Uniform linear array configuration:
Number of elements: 8
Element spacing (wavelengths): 0.75
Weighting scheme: binomial
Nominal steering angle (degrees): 30
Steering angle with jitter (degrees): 31.473
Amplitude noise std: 0.05
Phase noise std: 0.05

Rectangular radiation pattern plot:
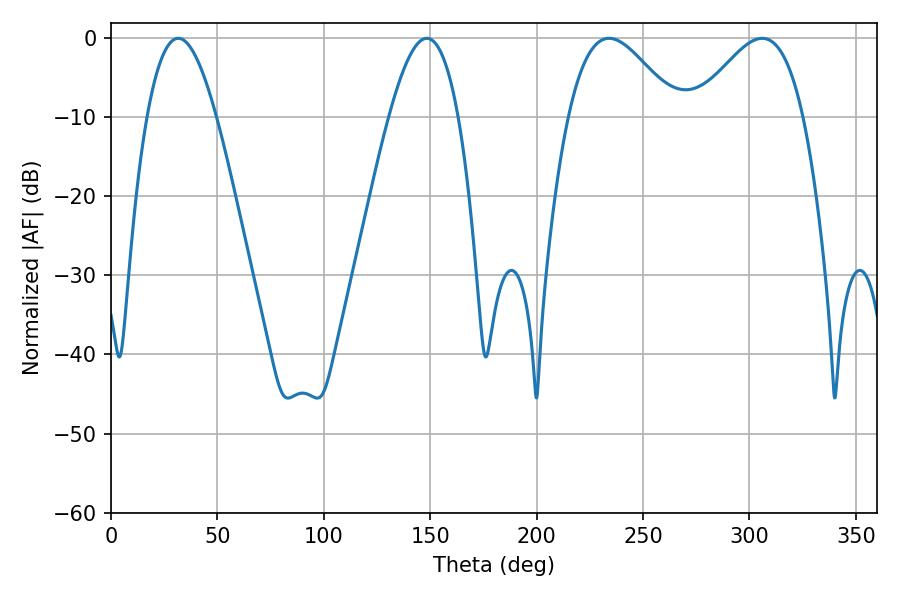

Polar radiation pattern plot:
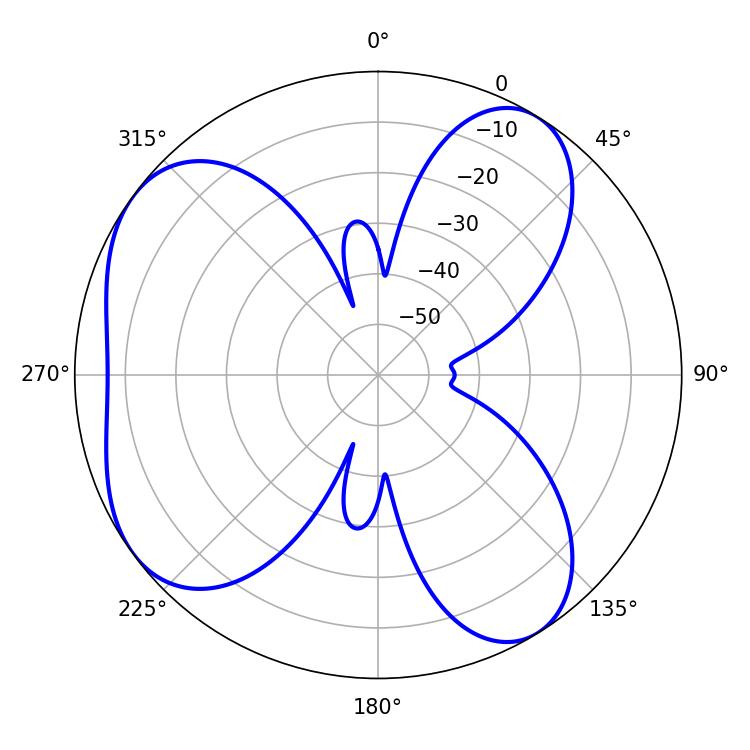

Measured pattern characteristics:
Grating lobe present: TRUE
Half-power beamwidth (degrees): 27.36
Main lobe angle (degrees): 234